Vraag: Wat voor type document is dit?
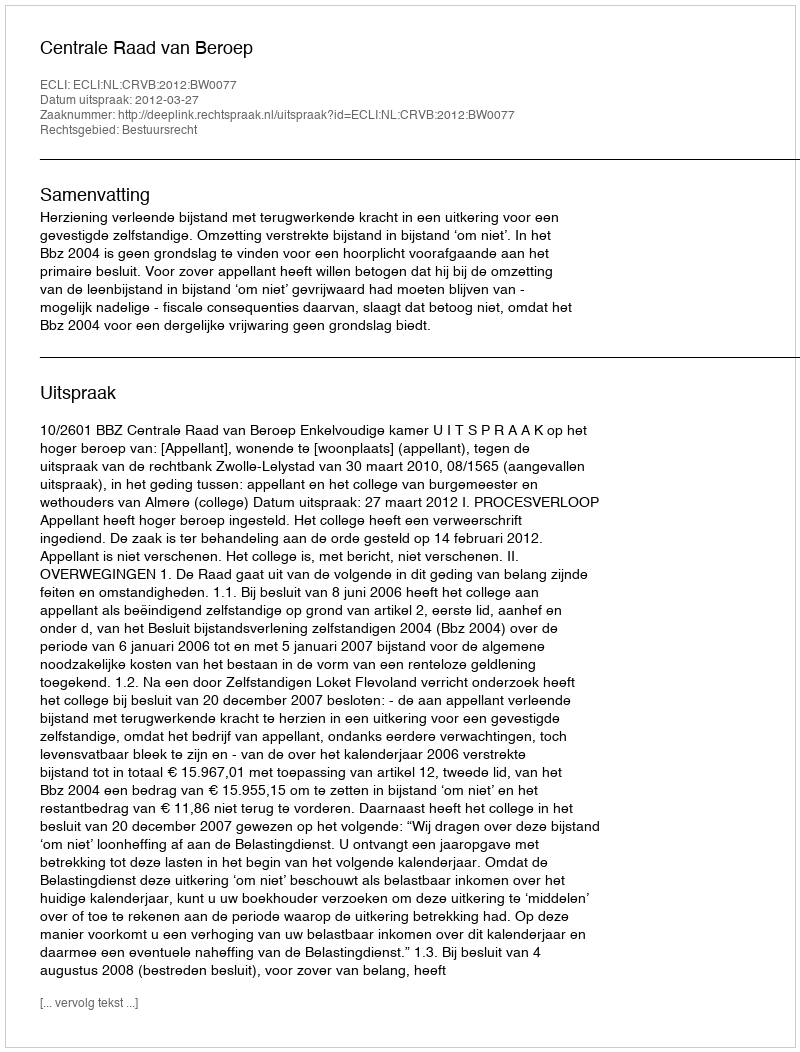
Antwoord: Uitspraak